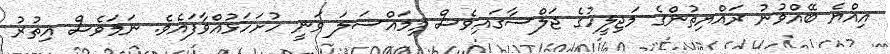
އިއްޔެ ބޭއްވުނު ރައްޔިތުންގެ މަޖިލީހުގެ ޖަލްސާގައިވެސް މިމައްސަލަ ވަނީ ހުށަހަޅުއްވާފައެވެ. ނަމަވެސް އިތުރު